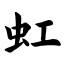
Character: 虹